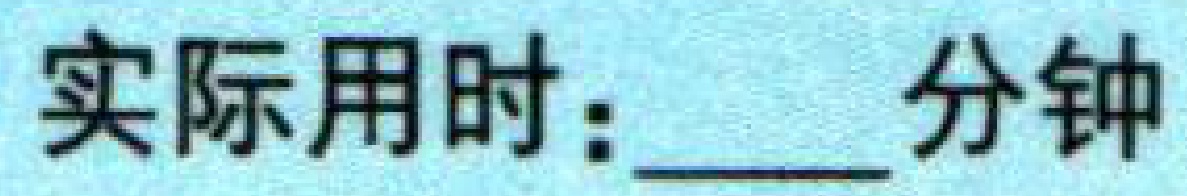
实际用时：\_\_\_分钟